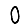
Digit: 0